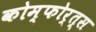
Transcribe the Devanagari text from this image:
कोम्फोर्त्स